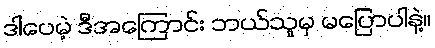
ဒါပေမဲ့ ဒီအကြောင်း ဘယ်သူမှ မပြောပါနဲ့။